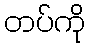
တပ်ကို